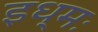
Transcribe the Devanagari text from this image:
इध्मः